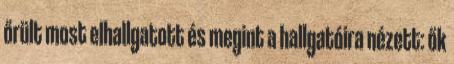
őrült most elhallgatott és megint a hallgatóira nézett: ők